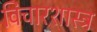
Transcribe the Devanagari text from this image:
विचारशास्त्र